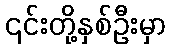
၎င်းတို့နှစ်ဦးမှာ